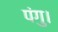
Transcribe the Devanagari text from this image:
पंगु।